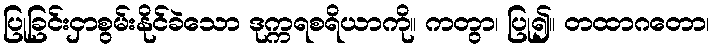
ပြုခြင်းငှာစွမ်းနိုင်ခဲသော ဒုက္ကရစရိယာကို။ ကတွာ၊ ပြု၍။ တထာဂတော၊